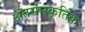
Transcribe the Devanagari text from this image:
अंतसांस्कृतिक